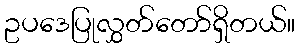
ဥပဒေပြုလွှတ်တော်ရှိတယ်။